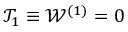
\mathcal { T } _ { 1 } \equiv \mathcal { W } ^ { ( 1 ) } = 0